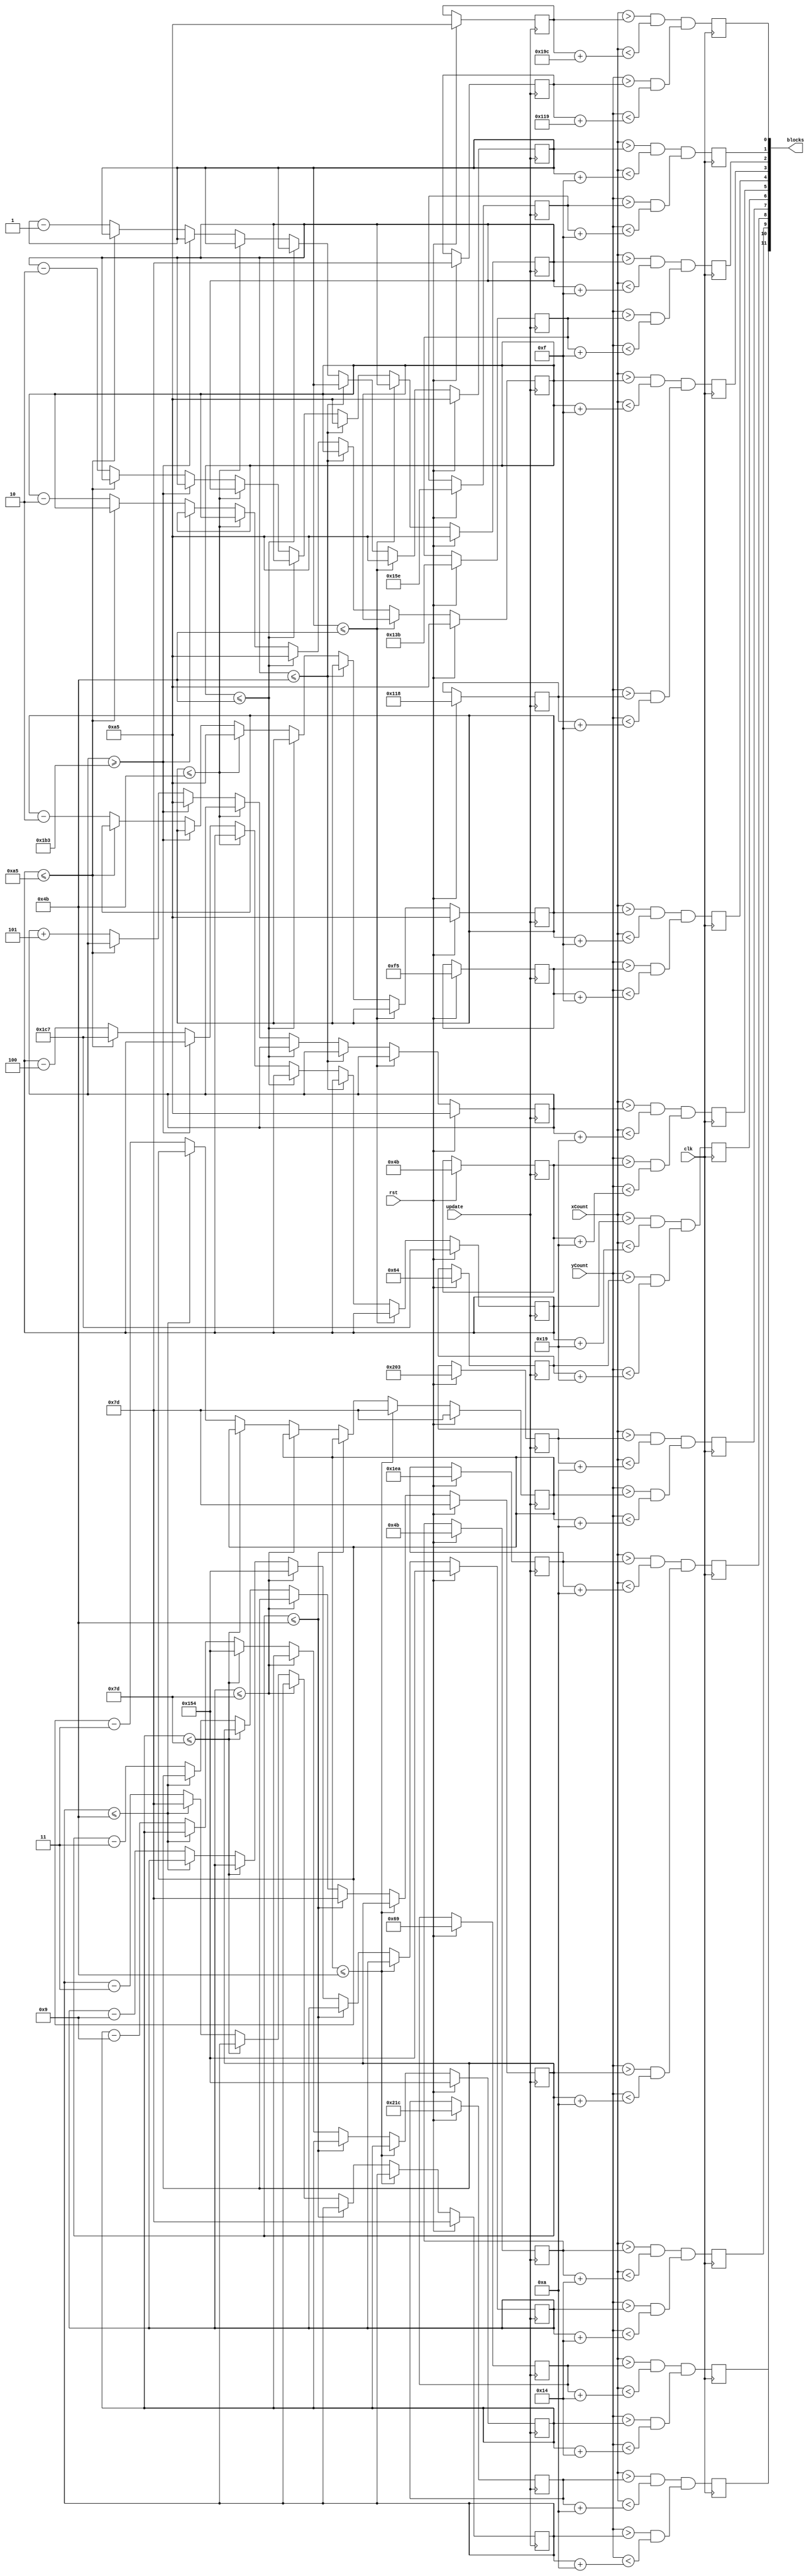
module level2_generator(clk, update, rst, xCount, yCount, blocks);	//this module generates the second level's blocks
input clk,rst,update;

input [9:0]xCount;
input [9:0]yCount;
wire [9:0] xCount;
wire [9:0] yCount;


output [15:0]blocks; 
//stationary
assign blocks[0] = blockS;
//horizontal
assign blocks[1] = blockH1;
assign blocks[2] = blockH2;
assign blocks[3] = blockH3;
assign blocks[4] = blockH4;
assign blocks[5] = blockH5;
assign blocks[6] = blockH6;
//veritcal
assign blocks[7] = blockV1;
assign blocks[8] = blockV2;
assign blocks[9] = blockV3;
assign blocks[10] = blockV4;
assign blocks[11] = blockV5;

//stationary
reg blockS;
//horizontal
reg blockH1;
reg blockH2;
reg blockH3;
reg blockH4;
reg blockH5;
reg blockH6;
//vertical
reg blockV1;
reg blockV2;
reg blockV3;
reg blockV4;
reg blockV5;

//stationary
reg [9:0] blockSX [0:31];
reg [8:0] blockSY [0:31];
//horizontal
reg [9:0] blockH1X [0:31];
reg [8:0] blockH1Y [0:31];
reg [9:0] blockH2X [0:31];
reg [8:0] blockH2Y [0:31];
reg [9:0] blockH3X [0:31];
reg [8:0] blockH3Y [0:31];
reg [9:0] blockH4X [0:31];
reg [8:0] blockH4Y [0:31];
reg [9:0] blockH5X [0:31];
reg [8:0] blockH5Y [0:31];
reg [9:0] blockH6X [0:31];
reg [8:0] blockH6Y [0:31];
//vertical
reg [9:0] blockV1X [0:31];
reg [8:0] blockV1Y [0:31];
reg [9:0] blockV2X [0:31];
reg [8:0] blockV2Y [0:31];
reg [9:0] blockV3X [0:31];
reg [8:0] blockV3Y [0:31];
reg [9:0] blockV4X [0:31];
reg [8:0] blockV4Y [0:31];
reg [9:0] blockV5X [0:31];
reg [8:0] blockV5Y [0:31];



//controls block sizes
always@(posedge clk) 
	begin	
		//Stationary
		blockS <= (xCount > blockSX[0] && xCount < (blockSX[0]+10'd412)) && (yCount > blockSY[0] && yCount < (blockSY[0]+10'd281));
		//Horizontal
		blockH1 <= (xCount > blockH1X[0] && xCount < (blockH1X[0] + 10'd15)) && (yCount > blockH1Y[0] && yCount < (blockH1Y[0] + 10'd15));
		blockH2 <= (xCount > blockH2X[0] && xCount < (blockH2X[0] + 10'd15)) && (yCount > blockH2Y[0] && yCount < (blockH2Y[0] + 10'd15));
		blockH3 <= (xCount > blockH3X[0] && xCount < (blockH3X[0] + 10'd15)) && (yCount > blockH3Y[0] && yCount < (blockH3Y[0] + 10'd15));
		blockH4 <= (xCount > blockH4X[0] && xCount < (blockH4X[0] + 10'd15)) && (yCount > blockH4Y[0] && yCount < (blockH4Y[0] + 10'd15));
		blockH5 <= (xCount > blockH5X[0] && xCount < (blockH5X[0] + 10'd25)) && (yCount > blockH5Y[0] && yCount < (blockH5Y[0] + 10'd25));
		blockH6 <= (xCount > blockH6X[0] && xCount < (blockH6X[0] + 10'd25)) && (yCount > blockH6Y[0] && yCount < (blockH6Y[0] + 10'd25));
		//Vertical
		blockV1 <= (xCount > blockV1X[0] && xCount < (blockV1X[0] + 10'd10)) && (yCount > blockV1Y[0] && yCount < (blockV1Y[0] + 10'd10));
		blockV2 <= (xCount > blockV2X[0] && xCount < (blockV2X[0] + 10'd10)) && (yCount > blockV2Y[0] && yCount < (blockV2Y[0] + 10'd10)); 
		blockV3 <= (xCount > blockV3X[0] && xCount < (blockV3X[0] + 10'd20)) && (yCount > blockV3Y[0] && yCount < (blockV3Y[0] + 10'd20));
		blockV4 <= (xCount > blockV4X[0] && xCount < (blockV4X[0] + 10'd20)) && (yCount > blockV4Y[0] && yCount < (blockV4Y[0] + 10'd20));
		blockV5 <= (xCount > blockV5X[0] && xCount < (blockV5X[0] + 10'd10)) && (yCount > blockV5Y[0] && yCount < (blockV5Y[0] + 10'd10));
	end

// Stationary block control
always @ (posedge update)
	begin
		if (rst == 1'b1) // position
			begin
				blockSX[0] <= 10'd165;
				blockSY[0] <= 9'd125;
			end
	end

//Horizontal block control
always @(posedge update)
	begin
		if (rst == 1'b1)
			begin //starting positions			
				blockH1X[0] <= 10'd165;
				blockH1Y[0] <= 9'd350;
				blockH2X[0] <= 10'd165;
				blockH2Y[0] <= 9'd315;
				blockH3X[0] <= 10'd165;
				blockH3Y[0] <= 9'd280;
				blockH4X[0] <= 10'd165;
				blockH4Y[0] <= 9'd245;
				blockH5X[0] <= 10'd165;
				blockH5Y[0] <= 9'd75;
				blockH6X[0] <= 10'd455;
				blockH6Y[0] <= 9'd100;
		
			end
		//respawn blocks
		else if (blockH1X[0] <= 10'd75)
			blockH1X[0] <= 10'd165;
		else if (blockH2X[0] <= 10'd75)
			blockH2X[0] <= 10'd165;
		else if (blockH3X[0] <= 10'd75)
			blockH3X[0] <= 10'd165;
		else if (blockH4X[0] <= 10'd75)
			blockH4X[0] <= 10'd165;
		else if (blockH5X[0] >= 10'd435)
			blockH5X[0] <= 10'd165;
		else if (blockH6X[0] <= 10'd165)
			blockH6X[0] <= 10'd455;
		else
			begin //speed and direction
				blockH1X[0] <= blockH1X[0] - 10'd1;
				blockH2X[0] <= blockH2X[0] - 10'd2;
				blockH3X[0] <= blockH3X[0] - 10'd2;
				blockH4X[0] <= blockH4X[0] - 10'd2;
				blockH5X[0] <= blockH5X[0] + 10'd5;
				blockH6X[0] <= blockH6X[0] - 10'd4;

			end
	end


// Veritcal block control
always @(posedge update)
	begin
		if (rst == 1'b1) //starting positions
			begin
				blockV1X[0] <= 10'd515;
				blockV1Y[0] <= 9'd125;
				blockV2X[0] <= 10'd490;
				blockV2Y[0] <= 9'd125;
				blockV3X[0] <= 10'd75;
				blockV3Y[0] <= 9'd340;
				blockV4X[0] <= 10'd105;
				blockV4Y[0] <= 9'd340;
				blockV5X[0] <= 10'd540;
				blockV5Y[0] <= 9'd125;
			end
			
		//respawn blocks
		else if (blockV1Y[0] <= 10'd75)
			blockV1Y[0] <= 10'd125;
		else if (blockV2Y[0] <= 10'd75)
			blockV2Y[0] <= 10'd125;
		else if (blockV3Y[0] <= 10'd125)
			blockV3Y[0] <= 10'd340;
		else if (blockV4Y[0] <= 10'd125)
			blockV4Y[0] <= 10'd340;
		else if (blockV5Y[0] <= 10'd75)
			blockV5Y[0] <= 10'd125;	
		else //speed and direction
			begin
				blockV1Y[0] <= blockV1Y[0] - 10'd3;
				blockV2Y[0] <= blockV2Y[0] - 10'd3;	
				blockV3Y[0] <= blockV3Y[0] - 10'd9;
				blockV4Y[0] <= blockV4Y[0] - 10'd9;
				blockV5Y[0] <= blockV5Y[0] - 10'd3;
			end
		end


endmodule